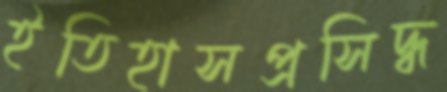
ইতিহাসপ্রসিদ্ধ